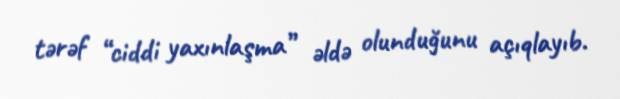
tərəf “ciddi yaxınlaşma” əldə olunduğunu açıqlayıb.